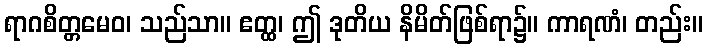
ရာဂစိတ္တမေဝ၊ သည်သာ။ ဧတ္ထ၊ ဤ ဒုတိယ နိမိတ်ဖြစ်ရာ၌။ ကာရဏံ၊ တည်း။